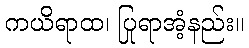
ကယိရာထ၊ ပြုရာအံ့နည်း။